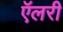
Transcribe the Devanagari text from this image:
ऍलरी